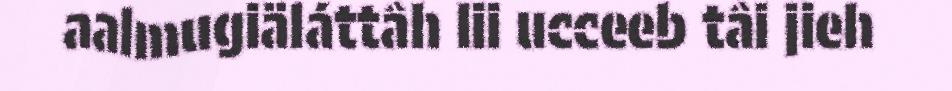
aalmugiäláttâh lii ucceeb tâi jieh